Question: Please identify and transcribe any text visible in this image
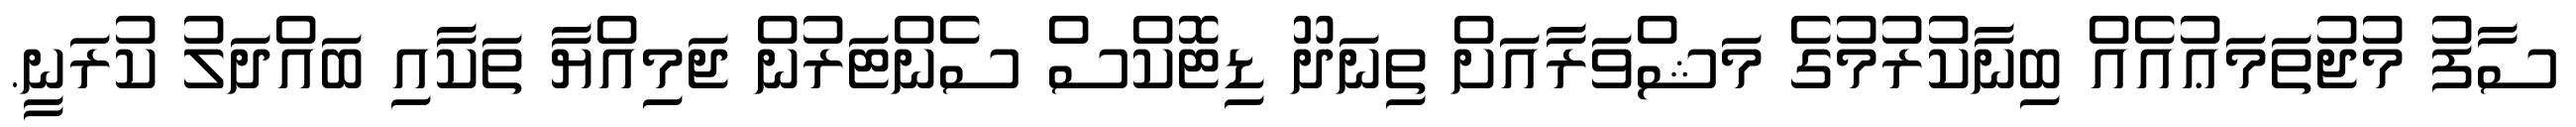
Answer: ސާފު މުޖުތަމަޢުއެއް ބިނާކުރުމުގެ މަޝްވަރާއަށް ތިނަދޫ ޑިޓޮކްސް ސެންޓަރުން ޖަމިއްޔާ ތަކާއި ބައްދަލު ކުރަނީ.